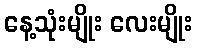
နေ့သုံးမျိုး လေးမျိုး